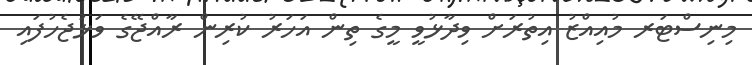
މިނިސްޓަރ މުއިއްޒު އިތުރަށް ވިދާޅުވީ މީގެ ތިން އަހަރު ކުރިން ރާއްޖޭގެ ވަޅުޖެހުފައި